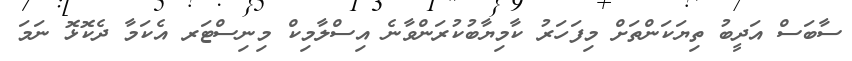
ސާބަސް އަދީބު ތިޔަކަންތަށް މިފަހަރު ކާމިޔާބުކުރަންވާނެ އިސްލާމިކް މިނިސްޓަރ އެކަމާ ދެކޮޅޮ ނަމަ